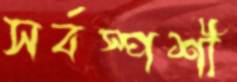
সর্বস্পর্শী